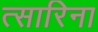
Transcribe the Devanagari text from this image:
त्सारिना